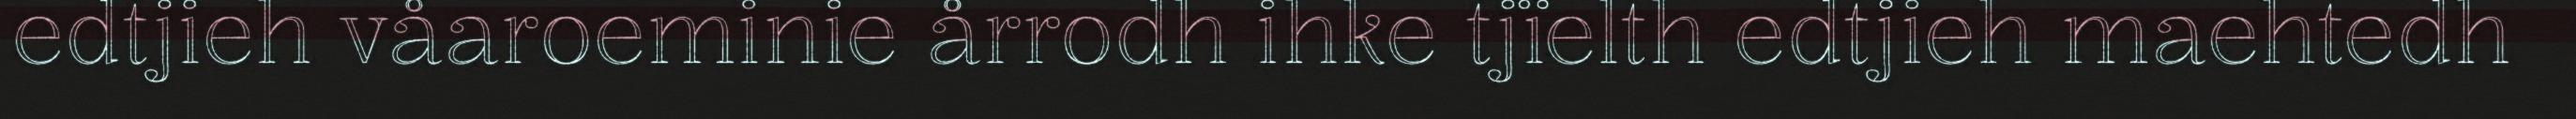
edtjieh våaroeminie årrodh ihke tjïelth edtjieh maehtedh